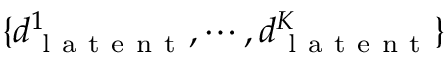
\{ d _ { \mathrm { ~ l ~ a ~ t ~ e ~ n ~ t ~ } } ^ { 1 } , \cdots , d _ { \mathrm { ~ l ~ a ~ t ~ e ~ n ~ t ~ } } ^ { K } \}